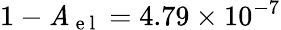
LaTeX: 1-\mathit{A}_{\mathrm{{~e~l~}}}=4.79\times10^{-7}